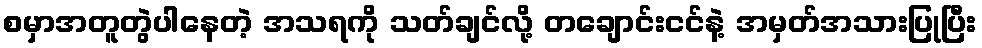
စမှာအတူတွဲပါနေတဲ့ အသရကို သတ်ချင်လို့ တချောင်းငင်နဲ့ အမှတ်အသားပြုပြီး